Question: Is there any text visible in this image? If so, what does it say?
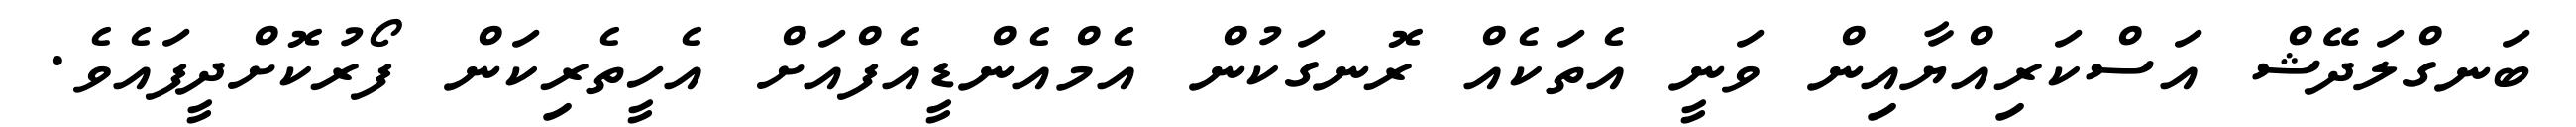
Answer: ބަނގްލަދޭޝް އަސްކަރިއްޔާއިން ވަނީ އެތަކެއް ރޮނގަކުން އެމްއެންޑީއެފްއަށް އެހީތެރިކަން ފޯރުކޮށްދީފައެވެ.